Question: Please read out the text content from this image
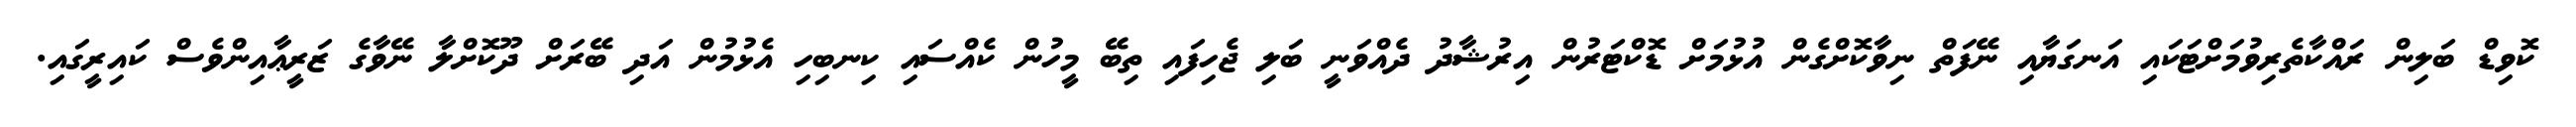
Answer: ކޮވިޑް ބަލިން ރައްކާތެރިވުމަށްޓަކައި އަނގަޔާއި ނޭފަތް ނިވާކޮށްގެން އުޅުމަށް ޑޮކްޓަރުން އިރުޝާދު ދެއްވަނީ ބަލި ޖެހިފައި ތިބޭ މީހުން ކެއްސައި ކިނބިހި އެޅުމުން އަދި ބޭރަށް ދޫކޮށްލާ ނޭވާގެ ޒަރީޢާއިންވެސް ކައިރީގައި.